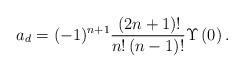
LaTeX: \begin{align*}{a_{d}}=(-1)^{n+1}\frac{\,(2n+1)!}{{n}!\left( n-1\right) !}\Upsilon \left(0\right) .\end{align*}